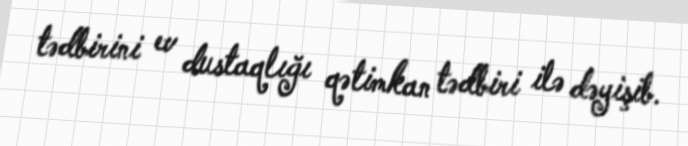
tədbirini ev dustaqlığı qətimkan tədbiri ilə dəyişib.